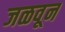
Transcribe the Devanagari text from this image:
जळवून